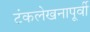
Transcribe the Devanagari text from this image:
टंकलेखनापूर्वी